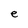
Character: e